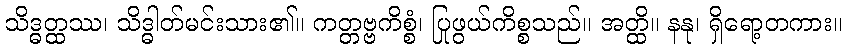
သိဒ္ဓတ္ထဿ၊ သိဒ္ဓါတ်မင်းသား၏။ ကတ္တဗ္ဗကိစ္စံ၊ ပြုဖွယ်ကိစ္စသည်။ အတ္ထိ။ နနု၊ ရှိရော့တကား။